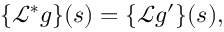
\{ { \mathcal { L } } ^ { * } g \} ( s ) = \{ { \mathcal { L } } g ^ { \prime } \} ( s ) ,